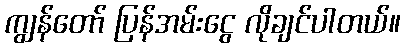
ကျွန်တော် ပြန်အမ်းငွေ လိုချင်ပါတယ်။